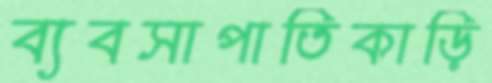
ব্যবসাপাতিকাড়ি